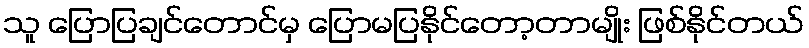
သူ ပြောပြချင်တောင်မှ ပြောမပြနိုင်တော့တာမျိုး ဖြစ်နိုင်တယ်